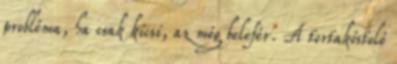
probléma, ha csak kicsi, az még belefér. A tortakóstoló